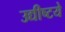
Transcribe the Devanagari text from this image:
उद्यीष्टये